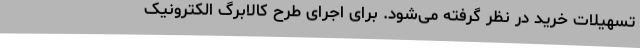
تسهیلات خرید در نظر گرفته می‌شود. برای اجرای طرح کالابرگ الکترونیک